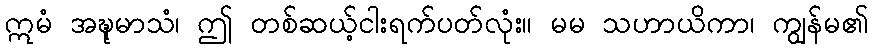
ဣမံ အဍ္ဎုမာသံ၊ ဤ တစ်ဆယ့်ငါးရက်ပတ်လုံး။ မမ သဟာယိကာ၊ ကျွန်မ၏